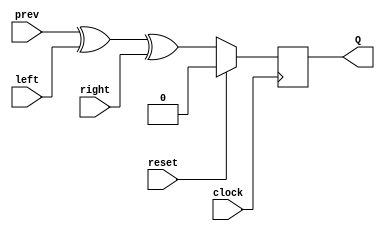
`timescale 1ns / 1ps

module CA150_FF(
    input clock,
    input reset,
    input left,
    input prev,
    input right,
    output reg Q
    );
    
    initial
        Q <= 1;
    
    always@(posedge clock) begin
    if(reset)
        Q <= 0;  
    else
        Q <= prev ^ left ^ right;
    end
    
endmodule